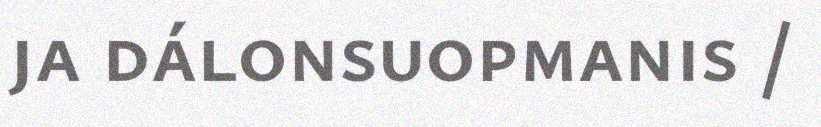
ja dálonsuopmanis /